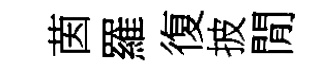
茵羅復披閒